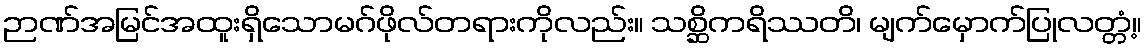
ဉာဏ်အမြင်အထူးရှိသောမဂ်ဖိုလ်တရားကိုလည်း။ သစ္ဆိကရိဿတိ၊ မျက်မှောက်ပြုလတ္တံ့။